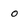
Character: 0